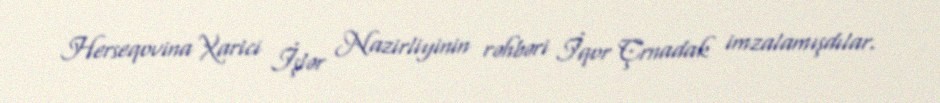
Herseqovina Xarici İşlər Nazirliyinin rəhbəri İqor Çrnadak imzalamışdılar.